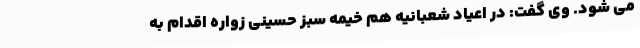
می شود. وی گفت: در اعیاد شعبانیه هم خیمه سبز حسینی زواره اقدام به